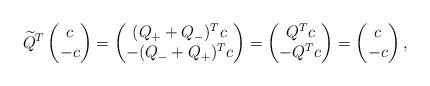
LaTeX: \begin{align*}{ \widetilde Q}^T \begin{pmatrix} c\\-c \end{pmatrix}&=\begin{pmatrix} (Q_+ + Q_-)^Tc \\ -(Q_- + Q_+)^Tc \end{pmatrix}=\begin{pmatrix} Q^Tc \\ -Q^Tc \end{pmatrix}=\begin{pmatrix} c\\-c \end{pmatrix},\end{align*}